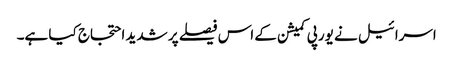
اسرائیل نے یورپی کمیشن کے اس فیصلے پر شدید احتجاج کیا ہے۔